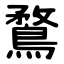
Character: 鶩